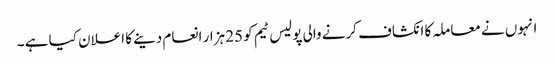
انہوں نے معاملہ کا انکشاف کرنے والی پولیس ٹیم کو 25 ہزار انعام دینے کا اعلان کیا ہے ۔